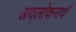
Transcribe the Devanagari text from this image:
अवलोकनार्थ